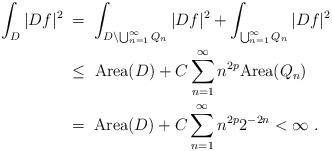
LaTeX: \begin{align*}\int_{D}|Df|^2 \;&=\; \int_{D\setminus \bigcup_{n=1}^{\infty} Q_n} |Df|^2 + \int_{\bigcup_{n=1}^{\infty}Q_n} |Df|^2\\&\leq\; {\mathrm{Area}(D)} + C\sum_{n=1}^{\infty} n^{2p}{\mathrm{Area}(Q_n)} \\ &=\; {\mathrm{Area}(D)} + C\sum_{n=1}^{\infty} n^{2p}2^{-2n} <\infty\ .\\\end{align*}